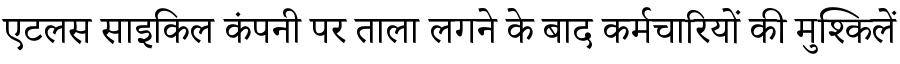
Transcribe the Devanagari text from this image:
एटलस साइकिल कंपनी पर ताला लगने के बाद कर्मचारियों की मुश्किलें